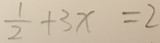
\frac { 1 } { 2 } + 3 x = 2